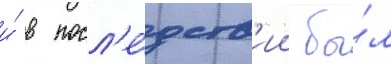
и́ в посл'е́дств'ии бы́л